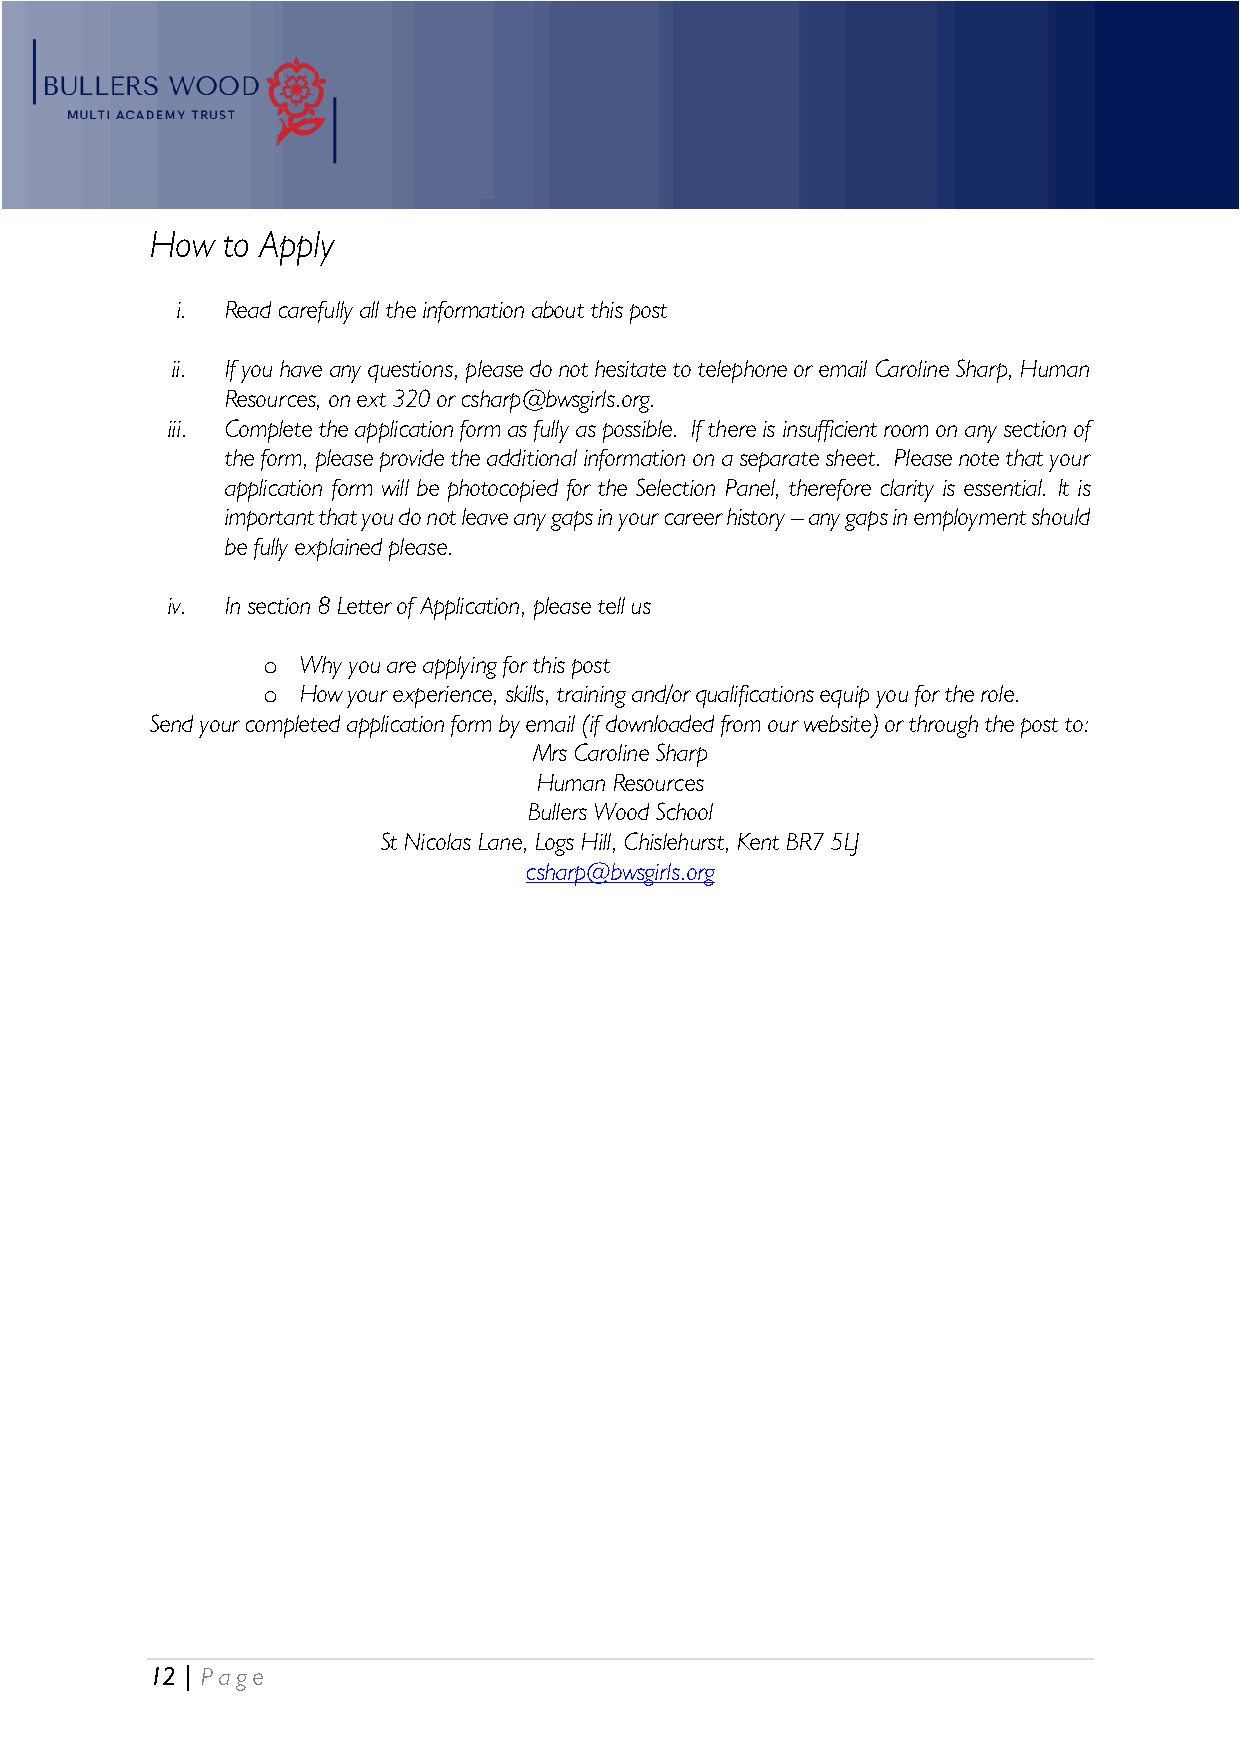
How  to Apply
 i. Read carefully all the information about this post
 ii. If you have any questions, please do not hesitate to telephone or email Caroline Sharp, Human
 Resources, on ext 320 or csharp@bwsgirls.org.
 iii. Complete the application form as fully as possible. If there is insufficient room on any section of
 the form, please provide the additional information on a separate sheet. Please note that your
 application form will be photocopied for the Selection Panel, therefore clarity is essential. It is
 important that you do not leave any gaps in your career history – any gaps in employment should
 be fully explained please.
 iv. In section 8 Letter of Application, please tell us
 o  Why you are applying for this post
 o  How your experience, skills, training and/or qualifications equip you for the role.
 Send your completed application form by email (if downloaded from our website) or through the post to:
 Mrs Caroline Sharp
 Human Resources
 Bullers Wood School
 St Nicolas Lane, Logs Hill, Chislehurst, Kent BR7 5LJ
 csharp@bwsgirls.org
 12 | P age